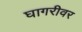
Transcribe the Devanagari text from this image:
घागरीवर